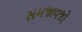
સમજાવજો